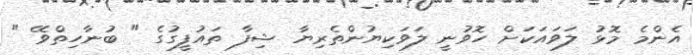
އެންމެ މޮޅު ލަވައަކަށް ހޮވުނީ ލަވަކިޔުންތެރިޔާ ޝިފާ ތައުފީގުގެ " ބުނާހިތްވޭ "